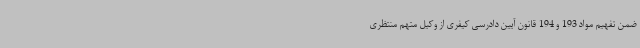
ضمن تفهیم مواد 193 و 194 قانون آیین دادرسی کیفری از وکیل متهم منتظری